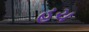
હચ